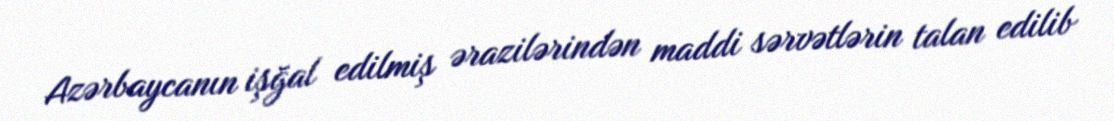
Azərbaycanın işğal edilmiş ərazilərindən maddi sərvətlərin talan edilib